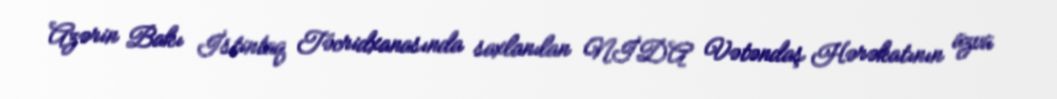
Azərin Bakı İstintaq Təcridxanasında saxlanılan NİDA Vətəndaş Hərəkatının üzvü